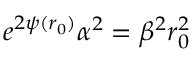
e ^ { 2 \psi ( r _ { 0 } ) } \alpha ^ { 2 } = \beta ^ { 2 } r _ { 0 } ^ { 2 }